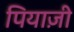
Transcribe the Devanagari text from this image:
पियाज़ी